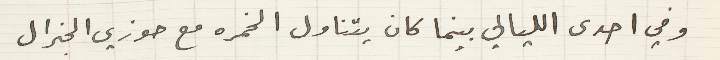
وفي احدى الليالي بينما كان يتناول الخمره مع حوزي الجنرال